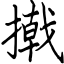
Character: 撠